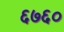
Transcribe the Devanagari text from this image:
६७६०